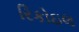
રિકોઇલ